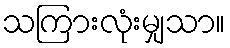
သကြားလုံးမျှသာ။